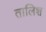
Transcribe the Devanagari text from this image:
तालिश